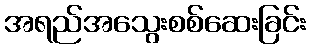
အရည်အသွေးစစ်ဆေးခြင်း